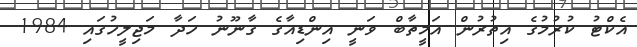
އެކްޓު ކުރުމުގެ އިތުރުން އަމީތާބް ވަނީ އިންޑިއާގެ ގާނޫނު ހަދާ މަޖިލީހުގައި 1984